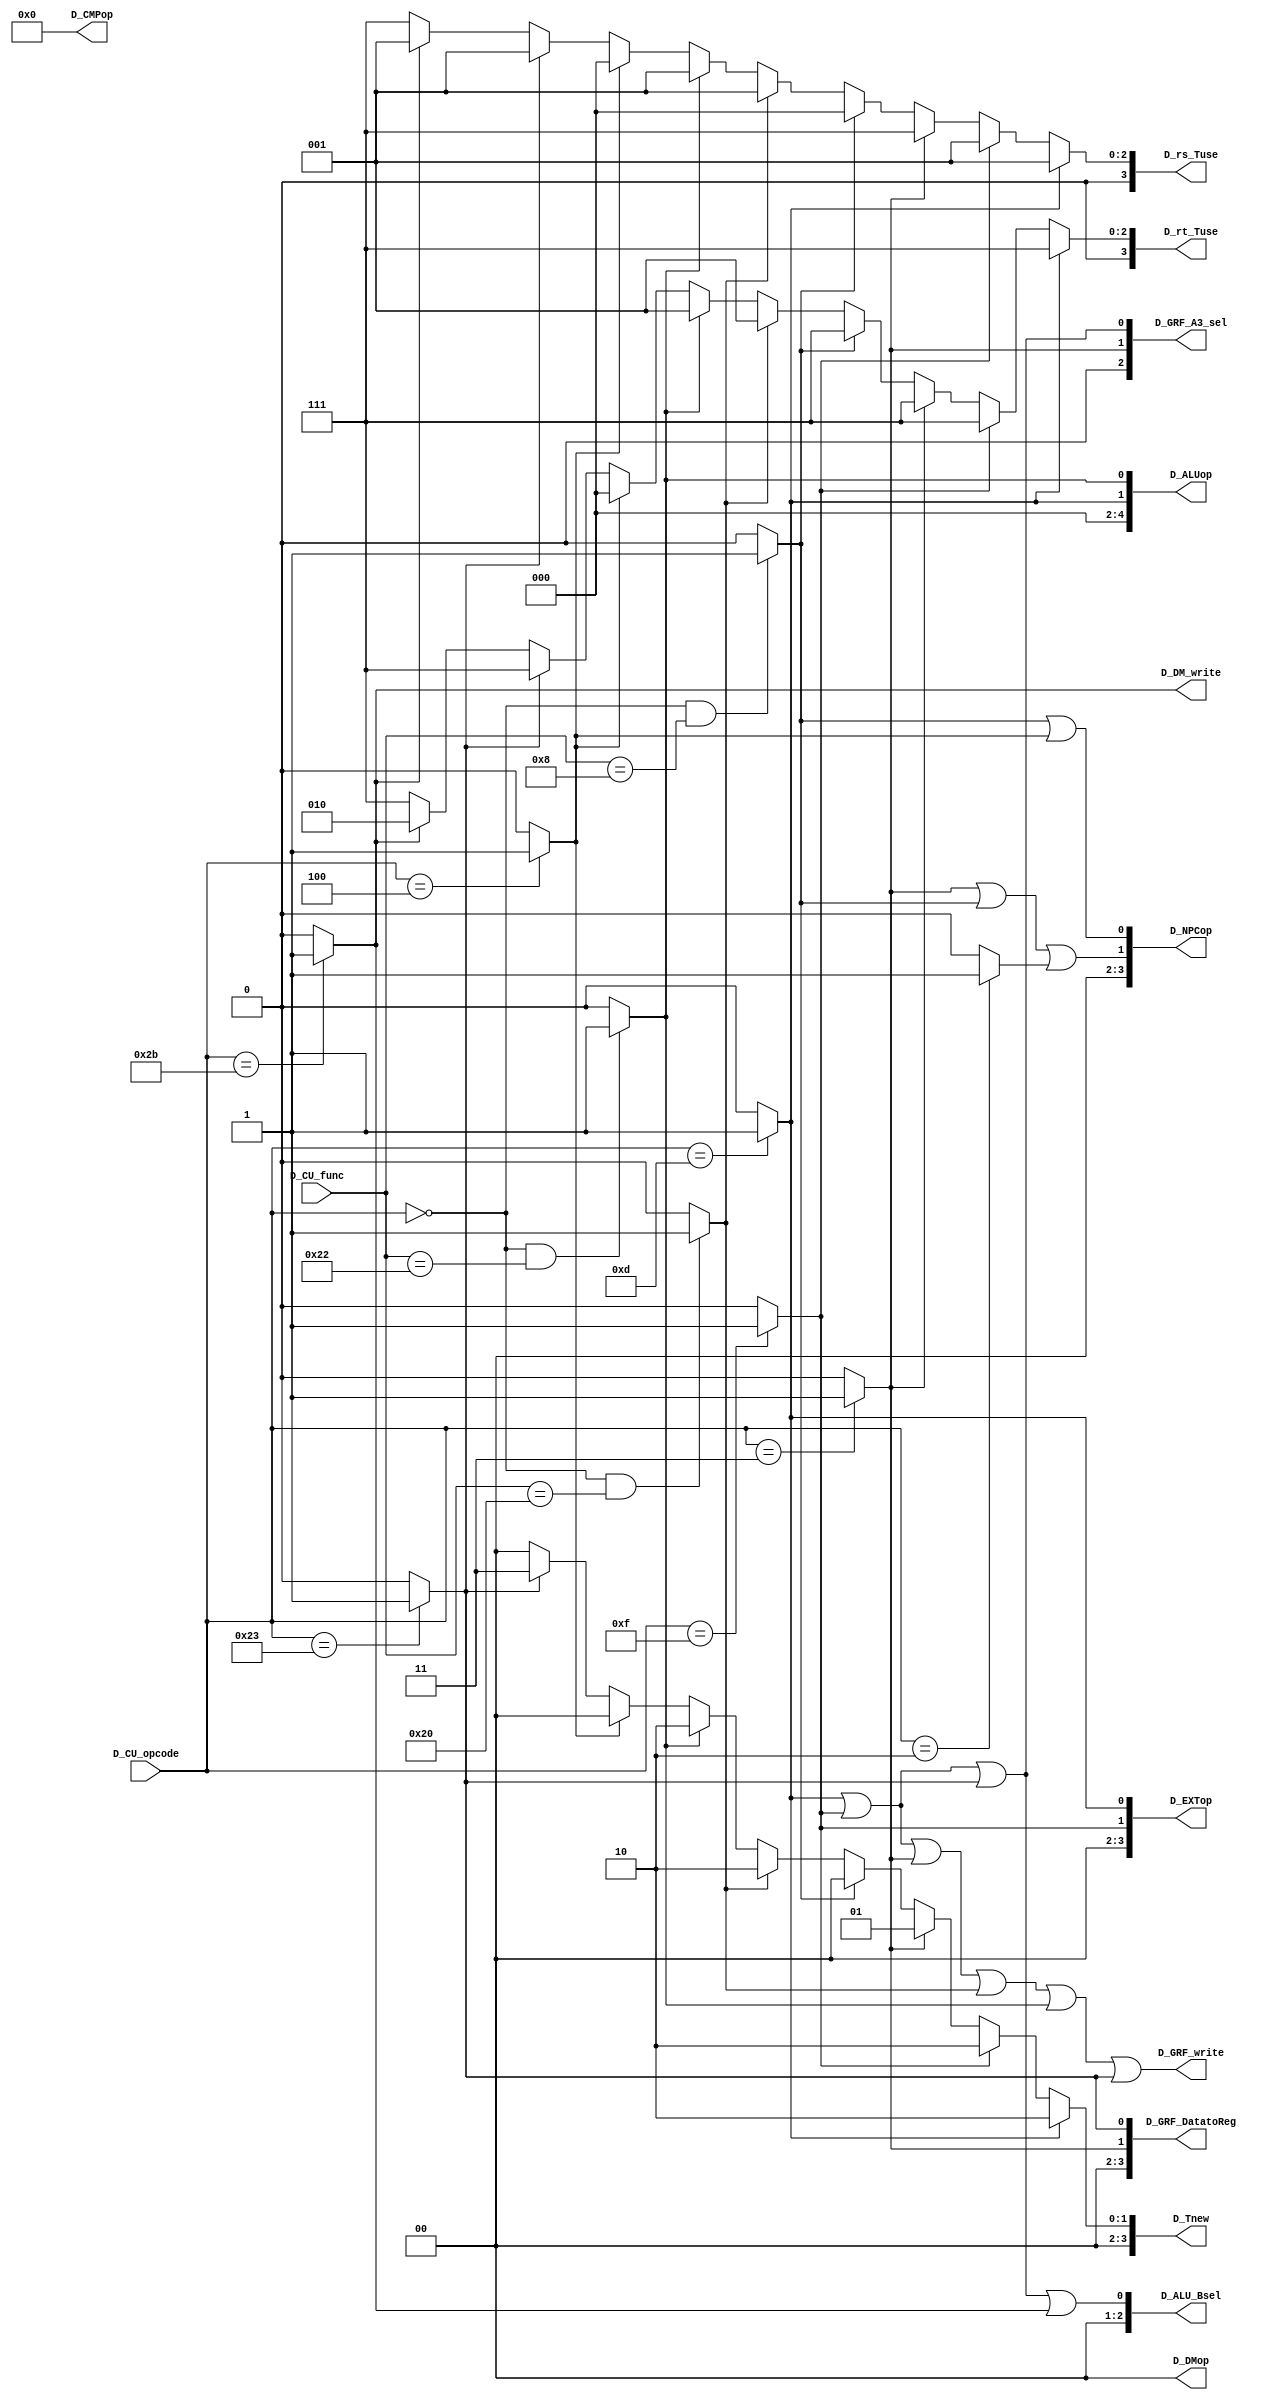
`timescale 1ns / 1ps
//////////////////////////////////////////////////////////////////////////////////
// Company: 
// Engineer: 
// 
// Design Name: 
// Module Name:    CU 
// Project Name: 
// Target Devices: 
// Tool versions: 
// Description: 
//
// Dependencies: 
//
// Revision: 
// Revision 0.01 - File Created
// Additional Comments: 
//
//////////////////////////////////////////////////////////////////////////////////
module CU(
    input [5:0] D_CU_opcode,
    input [5:0] D_CU_func,
	 output D_GRF_write,
	 output D_DM_write,
	 output [3:0] D_EXTop,
	 output [3:0] D_CMPop,
	 output [3:0] D_NPCop,
	 output [4:0] D_ALUop,
	 output [3:0] D_GRF_DatatoReg,
	 output [2:0] D_GRF_A3_sel,
	 output [2:0] D_ALU_Bsel,
	 output [1:0] D_DMop,
	 output [3:0] D_rs_Tuse,
	 output [3:0] D_rt_Tuse,
	 output [3:0] D_Tnew
    );
	 
	 wire ori;
	 wire lui;
	 wire jal;
	 wire jr;
	 wire add;
	 wire sub;
	 wire beq;
	 wire lw;
	 wire sw;
	 
	 wire j;
	 
//////////////////////  instr /////////////////////////////////////////
	 
	 assign ori = (D_CU_opcode == 6'b001101) ? 1'b1 : 1'b0;
	 assign lui = (D_CU_opcode == 6'b001111) ? 1'b1 : 1'b0;
	 assign jal = (D_CU_opcode == 6'b000011) ? 1'b1 : 1'b0;
	 assign jr =  (D_CU_opcode == 6'd0 && D_CU_func == 6'b001000) ? 1'b1 : 1'b0;
	 assign add = (D_CU_opcode == 6'd0 && D_CU_func == 6'b100000) ? 1'b1 : 1'b0;
	 assign sub = (D_CU_opcode == 6'd0 && D_CU_func == 6'b100010) ? 1'b1 : 1'b0;
	 assign beq = (D_CU_opcode == 6'b000100) ? 1'b1 : 1'b0;
	 assign lw =  (D_CU_opcode == 6'b100011) ? 1'b1 : 1'b0;
	 assign sw =  (D_CU_opcode == 6'b101011) ? 1'b1 : 1'b0;
	 assign j =   (D_CU_opcode == 6'b000010) ? 1'b1 : 1'b0;
	 
	 
	 // CRTL signs
	 assign D_GRF_write = 1'b0 || ori || lui || jal || add || sub || lw;
	 
	 assign D_DM_write = 1'b0 || sw;
	 
	 assign D_EXTop[0] = 1'b0 || ori;
	 assign D_EXTop[1] = 1'b0 || lui;
	 assign D_EXTop[2] = 1'b0;
	 assign D_EXTop[3] = 1'b0;
	 
	 assign D_CMPop[0] = 1'b0;
	 assign D_CMPop[1] = 1'b0;
	 assign D_CMPop[2] = 1'b0;
	 assign D_CMPop[3] = 1'b0;
	 
	 assign D_NPCop[0] = 1'b0 || jr || beq;
	 assign D_NPCop[1] = 1'b0 || jal || jr || j;
	 assign D_NPCop[2] = 1'b0;
	 assign D_NPCop[3] = 1'b0;
	 
	 assign D_ALUop[0] = 1'b0 || sub;
	 assign D_ALUop[1] = 1'b0 || ori;
	 assign D_ALUop[2] = 1'b0;
	 assign D_ALUop[3] = 1'b0;
	 assign D_ALUop[4] = 1'b0;
	 
	 assign D_GRF_DatatoReg[0] = 1'b0 || lw;
	 assign D_GRF_DatatoReg[1] = 1'b0 || jal;
	 assign D_GRF_DatatoReg[2] = 1'b0;
	 assign D_GRF_DatatoReg[3] = 1'b0;
	 
	 assign D_GRF_A3_sel[0] = 1'b0 || ori || lui || lw;
	 assign D_GRF_A3_sel[1] = 1'b0 || jal;
	 assign D_GRF_A3_sel[2] = 1'b0;
	 
	 assign D_ALU_Bsel[0] = 1'b0 || ori || lui || lw || sw;
	 assign D_ALU_Bsel[1] = 1'b0;
	 assign D_ALU_Bsel[2] = 1'b0;
	 
	 assign D_DMop[0] = 1'b0;
	 assign D_DMop[1] = 1'b0;
	 
	 assign D_rs_Tuse = (ori == 1'b1) ? 4'd1 :
	                    (lui == 1'b1) ? 4'd1 :
							  (jal == 1'b1) ? 4'd7 :
							  (jr == 1'b1)  ? 4'd0 :   
							  (add == 1'b1) ? 4'd1 :
							  (sub == 1'b1) ? 4'd1 :
							  (beq == 1'b1) ? 4'd0 :
							  (lw == 1'b1)  ? 4'd1 :
							  (sw == 1'b1)  ? 4'd1 :
							  (j == 1'b1)   ? 4'd7 :
	                                    4'd7;
    
	 assign D_rt_Tuse = (ori == 1'b1) ? 4'd7 :
	                    (lui == 1'b1) ? 4'd7 :
							  (jal == 1'b1) ? 4'd7 :
							  (jr == 1'b1)  ? 4'd7 :
							  (add == 1'b1) ? 4'd1 :
							  (sub == 1'b1) ? 4'd1 :
							  (beq == 1'b1) ? 4'd0 :
							  (lw == 1'b1)  ? 4'd7 :
							  (sw == 1'b1)  ? 4'd2 : 
							  (j == 1'b1)   ? 4'd7 :
	                                    4'd7;
									
    assign D_Tnew = (ori == 1'b1) ? 4'd2 :
	                 (lui == 1'b1) ? 4'd2 :
						  (jal == 1'b1) ? 4'd1 :
						  (jr == 1'b1)  ? 4'd0 :
						  (add == 1'b1) ? 4'd2 :
						  (sub == 1'b1) ? 4'd2 :
						  (beq == 1'b1) ? 4'd0 :
						  (lw == 1'b1)  ? 4'd3 :
						  (sw == 1'b1)  ? 4'd0 :
						  (j == 1'b1)   ? 4'd0 :
                                    4'd0;
endmodule